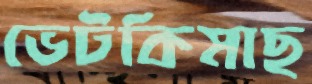
ভেটকিমাছ